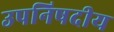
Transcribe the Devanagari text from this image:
उपनिषदीय